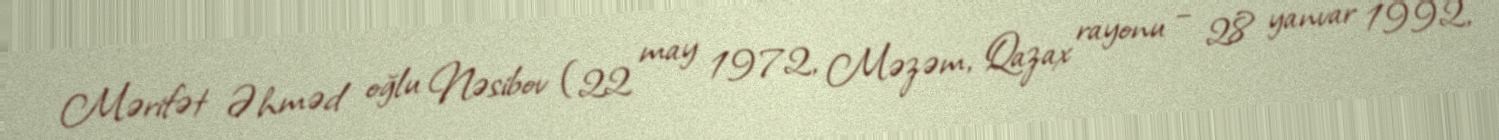
Mərifət Əhməd oğlu Nəsibov (22 may 1972, Məzəm, Qazax rayonu – 28 yanvar 1992,